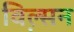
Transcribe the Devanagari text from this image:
व़िल्सन